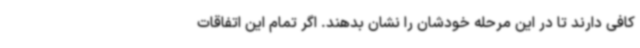
کافی دارند تا در این مرحله خودشان را نشان بدهند. اگر تمام این اتفاقات